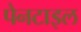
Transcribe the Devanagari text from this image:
पेनटाइल